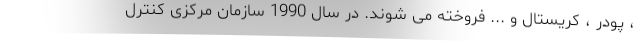
، پودر ، کریستال و ... فروخته می شوند. در سال 1990 سازمان مرکزی کنترل